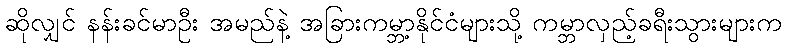
ဆိုလျှင် နန်းခင်မာဦး အမည်နဲ့ အခြားကမ္ဘာ့နိုင်ငံများသို့ ကမ္ဘာလှည့်ခရီးသွားများက